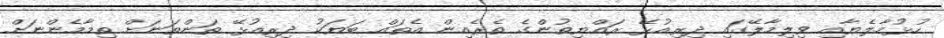
ހުޅުމާލެޔާއި ވިލިމާލޭގައި ދިރިއުޅޭ ރައްޔިތުންގެ ތެރެއިން އެތައް ބަޔަކު ދިރިއުޅޭ ތަންތަނަށް ތިމާމެންނަށް